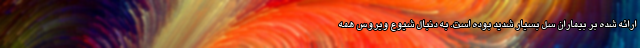
ارائه شده بر بیماران سل بسیار شدید بوده است. به دنبال شیوع ویروس همه